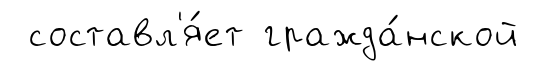
составл'я́ет гражда́нской